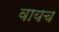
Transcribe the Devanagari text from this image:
वायच